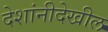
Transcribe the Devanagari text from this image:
देशांनीदेखील